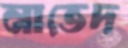
নাভেদ